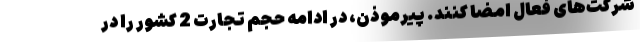
شرکت‌های فعال امضا کنند. پیرموذن، در ادامه حجم تجارت 2 کشور را در